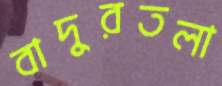
বাদুরতলা